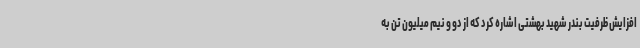
افزایش ظرفیت بندر شهید بهشتی اشاره کرد که از دو و نیم میلیون تن به